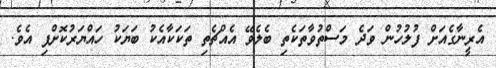
އެރީނާގެއަށް ފުލުހުން ވަދެ މަސްތުވާތަކެތި ބެލެވޭ އެއްޗެތި ތަކަކާއެކު ބަޔަކު ހައްޔަރުކޮށްފި އެވެ.